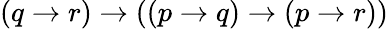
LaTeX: (q\to r)\to((p\to q)\to(p\to r))